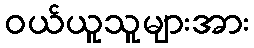
ဝယ်ယူသူများအား